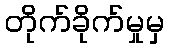
တိုက်ခိုက်မှုမှ